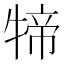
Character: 𤚢